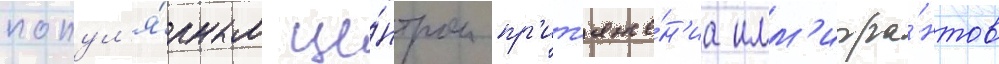
попул'я́рным це́нтром пр'ит'яже́н'иа имм'игра́нтов